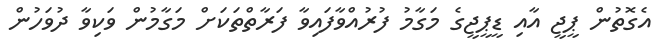
އެގޮތުން ޕީޖީ އާއި ޑީޕީޖީގެ މަގާމު ފުރުއްވާފައިވާ ފަރާތްތަކަށް މަގާމުން ވަކިވާ ދުވަހުން